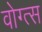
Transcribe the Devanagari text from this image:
वोग्त्स